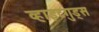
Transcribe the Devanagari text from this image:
व्हाइटगुड्स